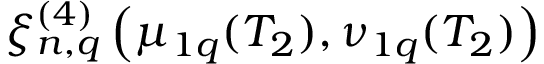
\xi _ { n , q } ^ { ( 4 ) } \left( \mu _ { 1 q } ( T _ { 2 } ) , \nu _ { 1 q } ( T _ { 2 } ) \right)